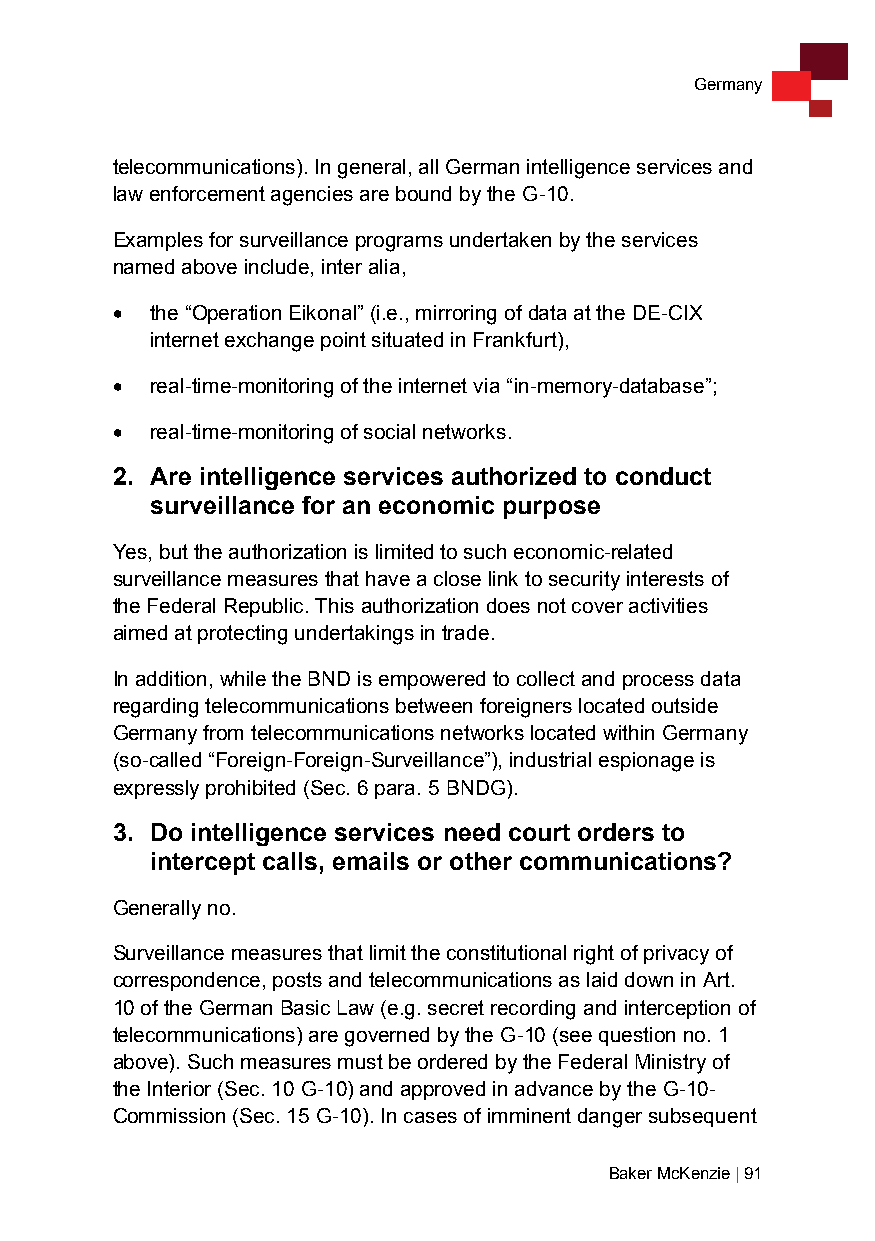
Germany
 telecommunications). In general, all German intelligence services and
 law enforcement agencies are bound by the G-10.
 Examples for surveillance programs undertaken by the services
 named above include, inter alia,
 •  the “Operation Eikonal” (i.e., mirroring of data at the DE-CIX
 internet exchange point situated in Frankfurt),
 •  real-time-monitoring of the internet via “in-memory-database”;
 •  real-time-monitoring of social networks.
 2. Are intelligence services authorized to conduct
 surveillance for an economic purpose
 Yes, but the authorization is limited to such economic-related
 surveillance measures that have a close link to security interests of
 the Federal Republic. This authorization does not cover activities
 aimed at protecting undertakings in trade.
 In addition, while the BND is empowered to collect and process data
 regarding telecommunications between foreigners located outside
 Germany from telecommunications networks located within Germany
 (so-called “Foreign-Foreign-Surveillance”), industrial espionage is
 expressly prohibited (Sec. 6 para. 5 BNDG).
 3. Do intelligence services need court orders to
 intercept calls, emails or other communications?
 Generally no.
 Surveillance measures that limit the constitutional right of privacy of
 correspondence, posts and telecommunications as laid down in Art.
 10 of the German Basic Law (e.g. secret recording and interception of
 telecommunications) are governed by the G-10 (see question no. 1
 above). Such measures must be ordered by the Federal Ministry of
 the Interior (Sec. 10 G-10) and approved in advance by the G-10-
 Commission (Sec. 15 G-10). In cases of imminent danger subsequent
 Baker McKenzie | 91